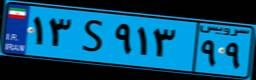
۱۳S۹۱۳۹۹